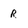
Character: R